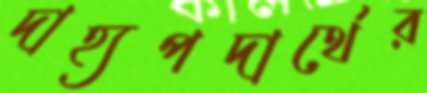
দাহ্যপদার্থের